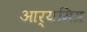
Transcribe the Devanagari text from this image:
आर्यमित्र